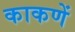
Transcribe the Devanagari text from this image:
काकणें